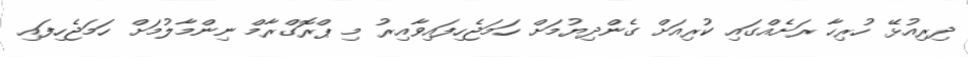
ދިރިއުޅޭ ހުރިހާ ރަށެއްގައި ކުރިއަށް ގެންދިޔުމަށް ހަމަޖެހިފައިވާއިރު މި ޕްރޮގްރާމް ނިންމާލުމަށް ހަމަޖެހިފައި